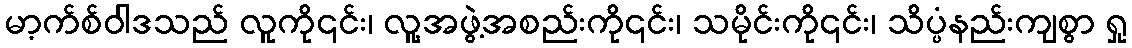
မာ့က်စ်ဝါဒသည် လူကို၎င်း၊ လူ့အဖွဲ့အစည်းကို၎င်း၊ သမိုင်းကို၎င်း၊ သိပ္ပံနည်းကျစွာ ရှု